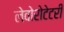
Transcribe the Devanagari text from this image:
लेवोरोटेटरी